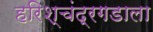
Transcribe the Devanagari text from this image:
हरिश्चंद्रगडाला